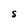
Character: S